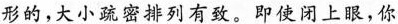
形的，大小疏密排列有致。即使闭上眼，你